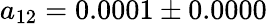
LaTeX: a_{12}=0.0001\pm 0.0000